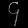
Digit: ၄